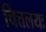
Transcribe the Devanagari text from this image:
चित्तलयः